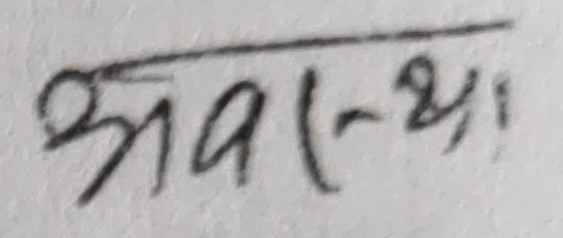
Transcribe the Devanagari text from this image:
अवस्था